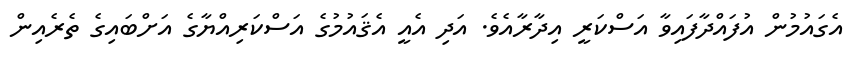
އެގައުމުން އުފައްދާފައިވާ އަސްކަރީ އިދާރާއެވެ. އަދި އެއީ އެޤައުމުގެ އަސްކަރިއްޔާގެ އަށްބައިގެ ތެރެއިން